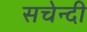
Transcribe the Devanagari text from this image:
सचेन्दी